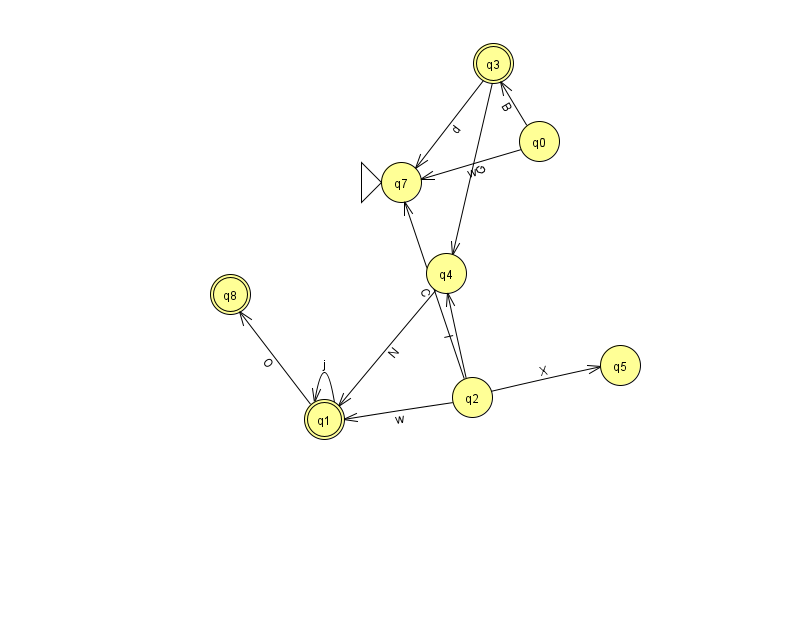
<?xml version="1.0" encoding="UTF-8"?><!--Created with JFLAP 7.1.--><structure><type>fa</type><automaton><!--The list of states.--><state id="0" name="q0"><x>539.0</x><y>128.0</y></state><state id="1" name="q1"><x>324.0</x><y>406.0</y><final/></state><state id="2" name="q2"><x>472.0</x><y>384.0</y></state><state id="3" name="q3"><x>493.0</x><y>50.0</y><final/></state><state id="4" name="q4"><x>446.0</x><y>260.0</y></state><state id="5" name="q5"><x>620.0</x><y>352.0</y></state><state id="7" name="q7"><x>401.0</x><y>169.0</y><initial/></state><state id="8" name="q8"><x>230.0</x><y>281.0</y><final/></state><!--The list of transitions.--><transition><from>0</from><to>7</to><read>w</read></transition><transition><from>2</from><to>7</to><read>C</read></transition><transition><from>1</from><to>8</to><read>O</read></transition><transition><from>2</from><to>4</to><read>I</read></transition><transition><from>0</from><to>3</to><read>B</read></transition><transition><from>3</from><to>7</to><read>d</read></transition><transition><from>1</from><to>1</to><read>j</read></transition><transition><from>2</from><to>1</to><read>w</read></transition><transition><from>3</from><to>4</to><read>G</read></transition><transition><from>2</from><to>5</to><read>X</read></transition><transition><from>4</from><to>1</to><read>N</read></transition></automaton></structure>